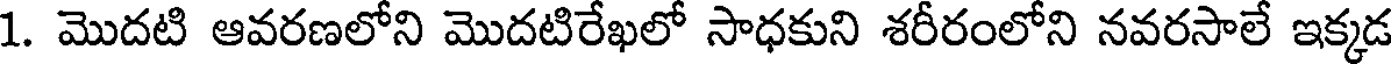
1. మొదటి ఆవరణలోని మొదటిరేఖలో సాధకుని శరీరంలోని నవరసాలే ఇక్కడ